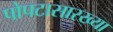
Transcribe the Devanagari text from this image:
पोपटासारख्या